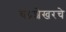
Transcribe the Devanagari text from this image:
चंद्रशेखरचे